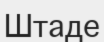
Штаде